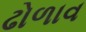
ઢોળાવ